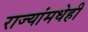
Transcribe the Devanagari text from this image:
राज्यांमधेही